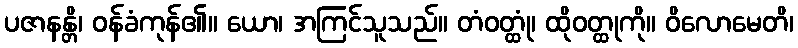
ပဇာနန္တိ၊ ဝန်ခံကုန်၏။ ယော၊ အကြင်သူသည်။ တံဝတ္ထုံ၊ ထိုဝတ္ထုကို။ ဝိလောမေတိ၊